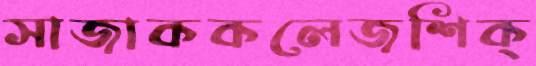
সাজাককলেজশিক্